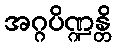
အဂ္ဂပိဏ္ဍန္တိ